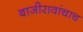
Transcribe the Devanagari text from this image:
बाजीरावांचाच